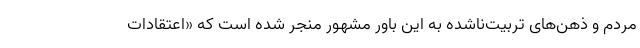
مردم و ذهن‌های تربیت‌ناشده به این باور مشهور منجر شده است که «اعتقادات